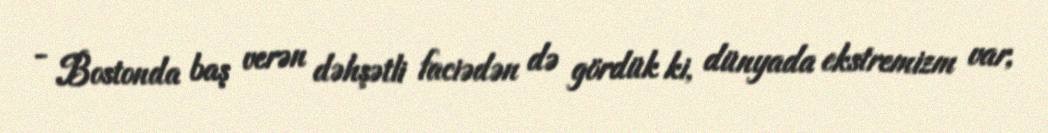
- Bostonda baş verən dəhşətli faciədən də gördük ki, dünyada ekstremizm var,